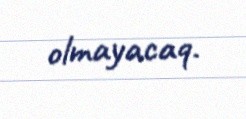
olmayacaq.